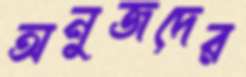
অনুজদের